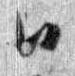
日